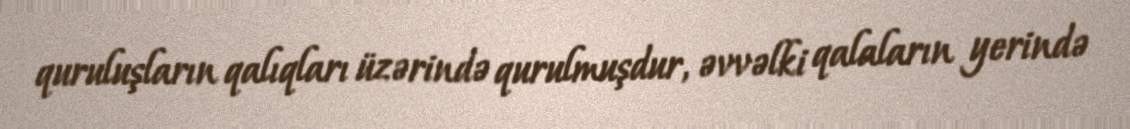
quruluşların qalıqları üzərində qurulmuşdur, əvvəlki qalaların yerində